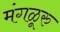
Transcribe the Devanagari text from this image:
मंगळूरु